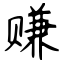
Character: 赚